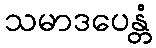
သမာဒပေန္တံ